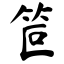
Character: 笸